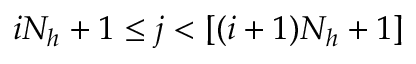
i N _ { h } + 1 \le j < [ ( i + 1 ) N _ { h } + 1 ]